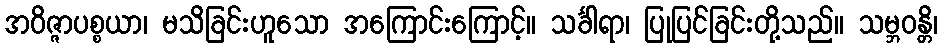
အဝိဇ္ဇာပစ္စယာ၊ မသိခြင်းဟူသော အကြောင်းကြောင့်။ သင်္ခါရာ၊ ပြုပြင်ခြင်းတို့သည်။ သမ္ဘဝန္တိ၊